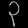
Digit: ၃